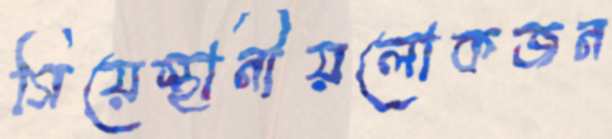
গিয়েস্থানীয়লোকজন